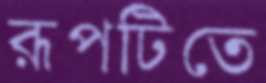
রূপটিতে